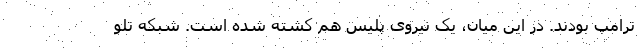
ترامپ بودند. در این میان، یک نیروی پلیس هم کشته شده است. شبکه تلو